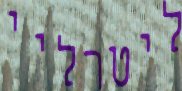
ליטרליי